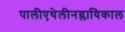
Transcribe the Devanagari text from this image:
पालीएथेलीनग्लायिकाल